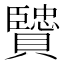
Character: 贒